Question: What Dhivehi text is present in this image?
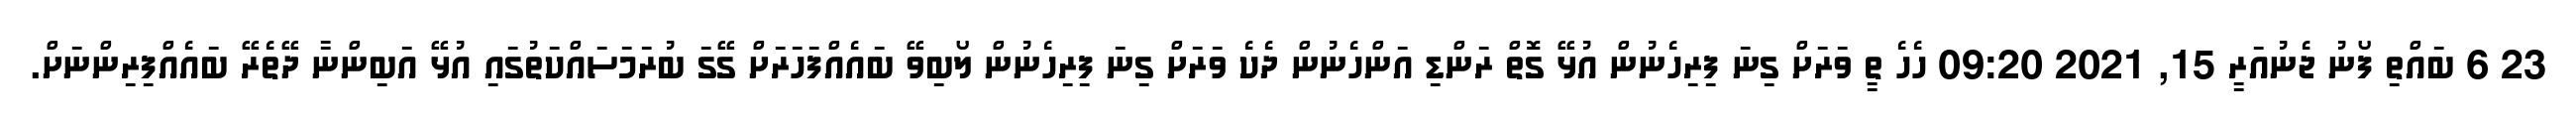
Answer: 23 6 ބައްތި ފޯނު ޖެނުއަރީ 15, 2021 09:20 ހެހެ ތީ ވަރަށް ގިނަ ފިރިހެނުން އުޅޭ ގޮތް ރަންޑި އަންހެނުން ދެކެ ވަރަށް ގިނަ ފިރިހެނުން ލޯބިވޭ ބައެއްފަހަރަށް ގޭގަ ބުރަމަސައްކަތުގައި އުޅޭ އަބިންނާ ދޭތެރޭ ބައެއްފިރިންނަށް.